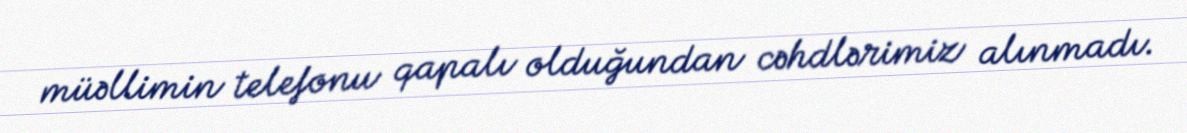
müəllimin telefonu qapalı olduğundan cəhdlərimiz alınmadı.